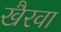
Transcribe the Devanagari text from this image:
खैरवा